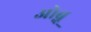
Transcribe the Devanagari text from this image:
ओब्नू